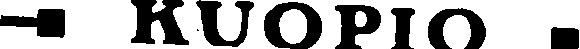
- KUOPIO